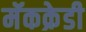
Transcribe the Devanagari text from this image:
मॅकक्रेडी